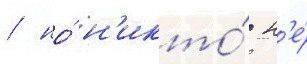
/ но́ н'икто́ н'е́